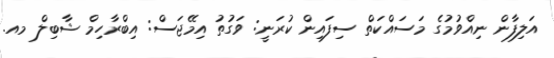
އަލިފާން ނިއްވުމުގެ މަސައްކަތް ސިފައިން ކުރަނީ: ވަގުތު އިމޭޖަސް: އިބްރާހިމް ޝާބިލް މއ.